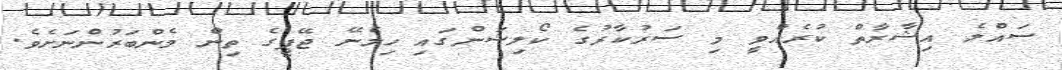
ސައްލެ އިޝާރާތް ކުރެއްވީ މި ސަރުކާރުގެ ކޯލިޝަންގައި ހިމެނޭ ޖޭޕީގެ ތިން މެންބަރުންނަށެވެ.